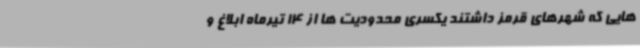
هایی که شهرهای قرمز داشتند یکسری محدودیت ها از 14 تیرماه ابلاغ و